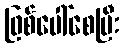
ဖြစ်ပေါ်စေပြီး